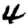
Digit: 4